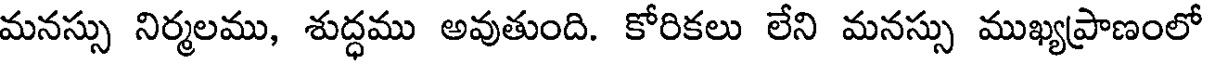
మనస్సు నిర్మలము, శుద్ధము అవుతుంది. కోరికలు లేని మనస్సు ముఖ్యప్రాణంలో